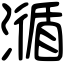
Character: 㵌